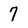
Character: 7